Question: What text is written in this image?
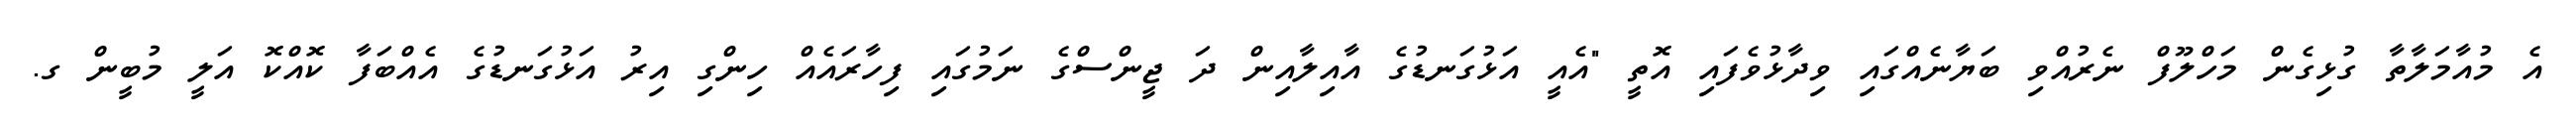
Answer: އެ މުއާމަލާތާ ގުޅިގެން މަހްލޫފް ނެރުއްވި ބަޔާނެއްގައި ވިދާޅުވެފައި އޮތީ "އެއީ އަޅުގަނޑުގެ އާއިލާއިން ދަ ޖީންސްގެ ނަމުގައި ފިހާރައެއް ހިންގި އިރު އަޅުގަނޑުގެ އެއްބަފާ ކޮއްކޮ އަލީ މުބީން ގ.